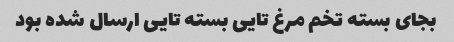
بجای بسته تخم مرغ تایی بسته تایی ارسال شده بود